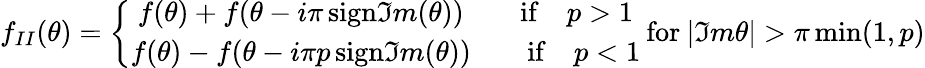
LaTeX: f_{II}(\theta)=\left\{ \begin{array}{c}{{f(\theta)+f(\theta-i\pi\, \mathrm{sign}\Im m(\theta))\qquad\mathrm{if}\quad p>1}}\\ {{f(\theta)-f(\theta-i\pi p\, \mathrm{sign}\Im m(\theta))\qquad\mathrm{if}\quad p<1}}\end{array}\right.\: \textrm{for}\: |\Im m\theta|>\pi\operatorname*{min}(1,p)